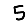
Digit: 5